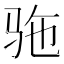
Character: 𫘞